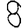
Digit: 8